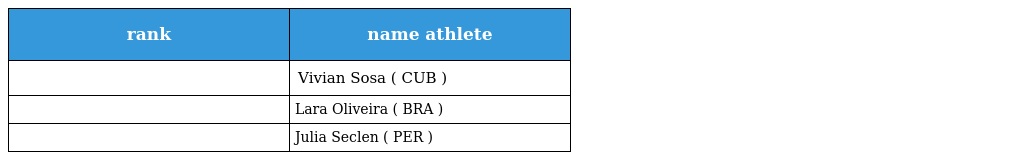
| rank | name athlete |
 | --- | --- |
 |  | Vivian Sosa ( CUB ) |
 |  | Lara Oliveira ( BRA ) |
 |  | Julia Seclen ( PER ) |